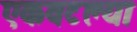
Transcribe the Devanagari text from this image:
एकवटल्या